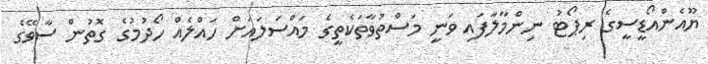
ޔޫއެންއޯޑީސީގެ ރިޕޯޓު ނިންމާލާފައި ވަނީ މަސްތުވާތަކެތީގެ މައްސަލައަށް ހައްލެއް ހޯދުމުގެ ގޮތުން ސާވޭގެ